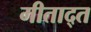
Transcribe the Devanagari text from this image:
मीताद्त